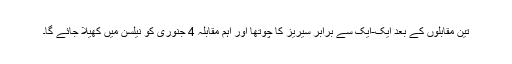
تین مقابلوں کے بعد ایک-ایک سے برابر سیریز کا چوتھا اور اہم مقابلہ 4 جنوری کو نیلسن میں کھیلا جائے گا۔